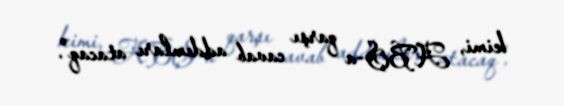
kimi, ABŞ-a qarşı cavab addımları atacaq".